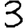
Digit: 3